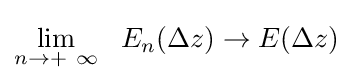
\lim _{n\rightarrow +\ \infty }\ \ E_{n}(\Delta z)\rightarrow E(\Delta z)